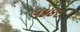
૧૪૪૦